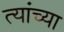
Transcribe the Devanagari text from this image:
त्यांच्या